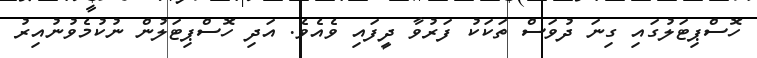
ހޮސްޕިޓަލުގައި ގިނަ ދުވަސް ތަކަކު ފަރުވާ ދީފައި ވެއެވެ. އަދި ހޮސްޕިޓަލުން ނުކުމެވުނުއިރު